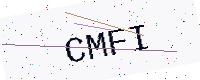
Text: CMFI